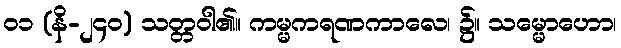
၀၁ (နိ-၂၄၀) သတ္တဝါ၏။ ကမ္မကရဏကာလေ၊ ၌။ သမ္မောဟော၊